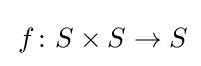
\,f\colon S\times S\rightarrow S